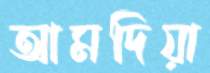
আমদিয়া